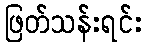
ဖြတ်သန်းရင်း